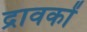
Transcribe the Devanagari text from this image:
द्रावकों